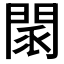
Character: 𨴖